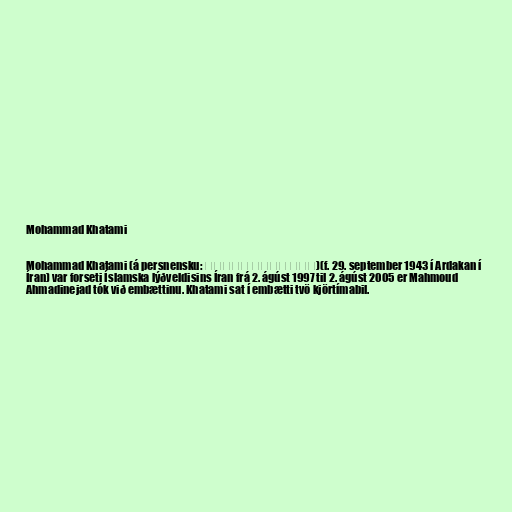
Mohammad Khatami

Mohammad Khatami (á persnensku: سید محمد خاتمی)(f. 29. september 1943 í Ardakan í
Íran) var forseti Íslamska lýðveldisins Íran frá 2. ágúst 1997 til 2. ágúst 2005 er Mahmoud
Ahmadinejad tók við embættinu. Khatami sat í embætti tvö kjörtímabil.